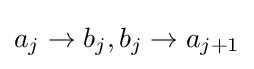
a_{j}\to b_{j},b_{j}\to a_{j+1}